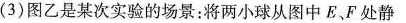
(3)图乙是某次实验的场景：将两小球从图中E、F处静